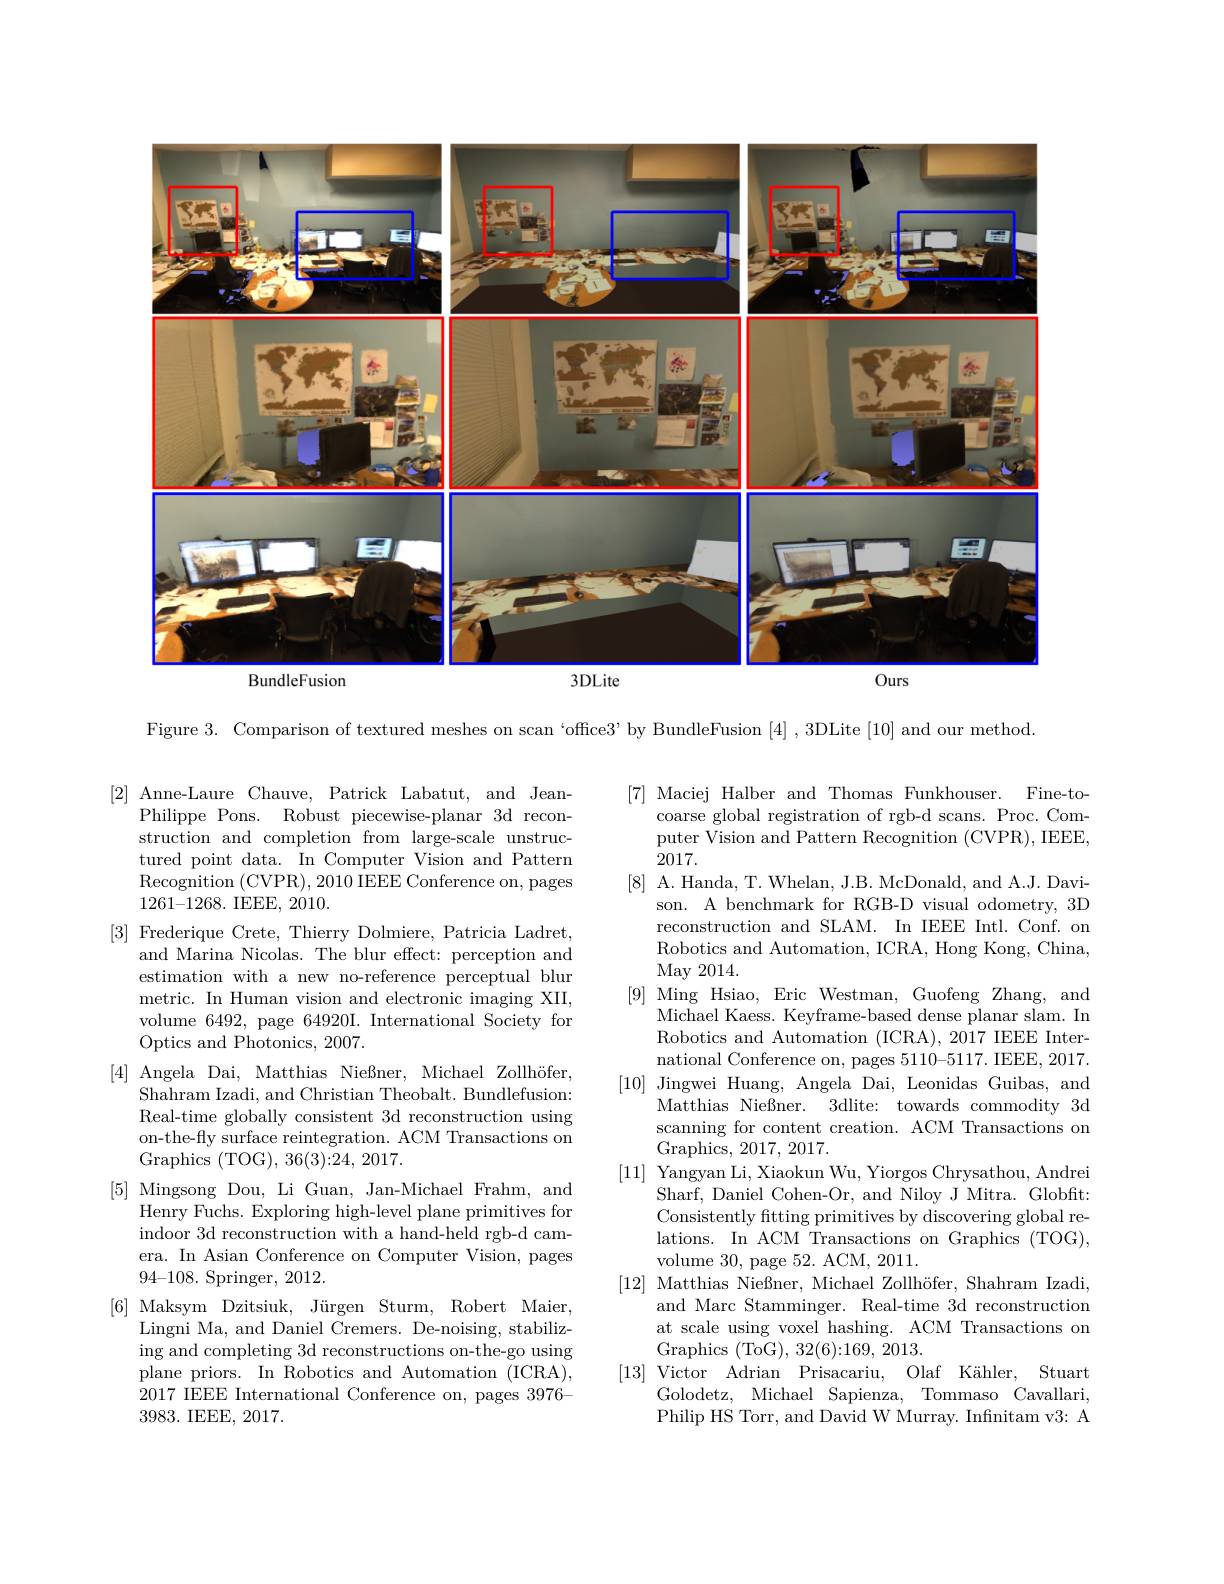
<FigureHere>

Figure 3. Comparison of textured meshes on scan ‘office3’by BundleFusion [4],3DLite [10] and our method

[2] Anne-Laure Chauve, Patrick Labatut, and Jean-
Philippe Pons. Robust piecewise-planar 3d reconstruction and completion from large-scale unstructured point data. In Computer Vision and Pattern $\hat{\text{Recognition }(\text{CVPR})},2010\hat{\text{IEEE Conference on, pages}}$ 1261-1268. IEEE, 2010.
[3] Frederique Crete, Thierry Dolmiere, Patricia Ladret,
and Marina Nicolas. The blur effect: perception and estimation with a new no-reference perceptual blur metric. In Human vision and electronic imaging XII, volume 6492, page 64920I. International Society for Optics and Photonics, 2007.
[4] Angela Dai, Matthias Nießner, Michael Zollhöfer,
Shahram Izadi, and Christian Theobalt. Bundlefusion: Real-time globally consistent 3d reconstruction using on-the-fly surface reintegration. ACM Transactions on Graphics (TOG),36(3):24,2017.
[5] Mingsong Dou, Li Guan, Jan-Michael Frahm, and
Henry Fuchs. Exploring high-level plane primitives for indoor 3d reconstruction with a hand-held rgb-d camera. In Asian Conference on Computer Vision, pages $94–108.$ Springer, 2012.
[6] Maksym Dzitsiuk, Jürgen Sturm, Robert Maier,
Lingni Ma, and Daniel Cremers. De-noising, stabilizing and completing 3d reconstructions on-the-go using plane priors. In Robotics and Automation (ICRA), 2017 IEEE International Conference on, pages 3976- 3983. IEEE, 2017.

[7] Maciej Halber and Thomas Funkhouser. Fine-to-
coarse global registration of rgb-d scans. Proc. Computer Vision and Pattern Recognition (CVPR), IEEE, 2017.
[8] A. Handa, T. Whelan, J.B. McDonald, and A.J. Davi-
son. A benchmark for RGB-D visual odometry, 3D reconstruction and SLAM. In IEEE Intl. Conf. on Robotics and Automation, ICRA, Hong Kong, China, May 2014.
[9] Ming Hsiao, Eric Westman, Guofeng Zhang, and
Michael Kaess. Keyframe-based dense planar slam. In Robotics and Automation (ICRA), 2017 IEEE International Conference on, pages 5110-5117. IEEE, 2017.
[10] Jingwei Huang, Angela Dai, Leonidas Guibas, and
Matthias Nießner. 3dlite: towards commodity 3d scanning for content creation. ACM Transactions on Graphics, 2017, 2017.
[11] Yangyan Li, Xiaokun Wu, Yiorgos Chrysathou, Andrei
Sharf, Daniel Cohen-Or, and Niloy J Mitra. Globfit: Consistently ftting primitives by discovering global relations. In ACM Transactions on Graphics (TOG), volume 30, page 52. ACM, 2011.
[12] Matthias Nießner, Michael Zollhöfer, Shahram Izadi,
and Marc Stamminger. Real-time 3d reconstruction at scale using voxel hashing. ACM Transactions on Graphics (ToG),32(6):169,2013.
[13] Victor Adrian Prisacariu, Olaf Kähler, Stuart
Golodetz, Michael Sapienza, Tommaso Cavallari, Philip HS Torr, and David W Murray. Infnitam v3: A